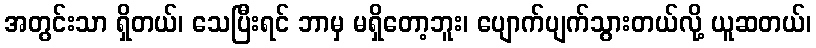
အတွင်းသာ ရှိတယ်၊ သေပြီးရင် ဘာမှ မရှိတော့ဘူး၊ ပျောက်ပျက်သွားတယ်လို့ ယူဆတယ်၊